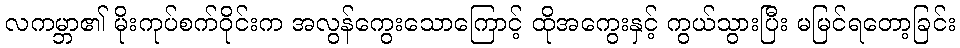
လကမ္ဘာ၏ မိုးကုပ်စက်ဝိုင်းက အလွန်ကွေးသောကြောင့် ထိုအကွေးနှင့် ကွယ်သွားပြီး မမြင်ရတော့ခြင်း